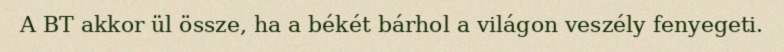
A BT akkor ül össze, ha a békét bárhol a világon veszély fenyegeti.